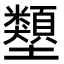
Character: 𡔇